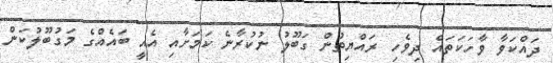
ދައްކަވާ ވާހަކަތައް ދިވެހި ރައްޔިތުން ގަބޫލު ނުކުރާނެ ކަމަށާއި އެއީ ބައެއްގެ މަގުބޫލުކަން